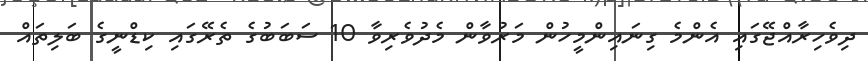
ދިވެހިރާއްޖޭގައި އެންމެ ގިނައިންމީހުން މަރުވާން މެދުވެރިވާ 10 ސަބަބުގެ ތެރޭގައި ކިޑްނީގެ ބަލިތައް